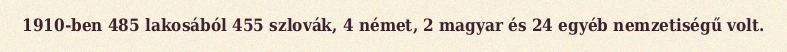
1910-ben 485 lakosából 455 szlovák, 4 német, 2 magyar és 24 egyéb nemzetiségű volt.